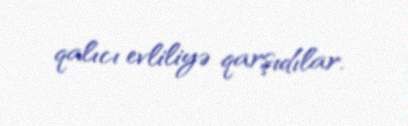
qalıcı evliliyə qarşıdılar.